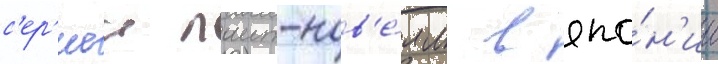
с'ер'иеи лаит-нов'е́лл в япо́н'ии